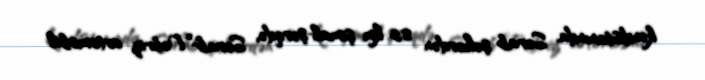
kəndistanında, Sərab şəhərdən 8,5 km şimal-şərqdə, Sərab-Təbriz avtomobil